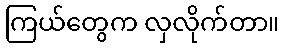
ကြယ်တွေက လှလိုက်တာ။